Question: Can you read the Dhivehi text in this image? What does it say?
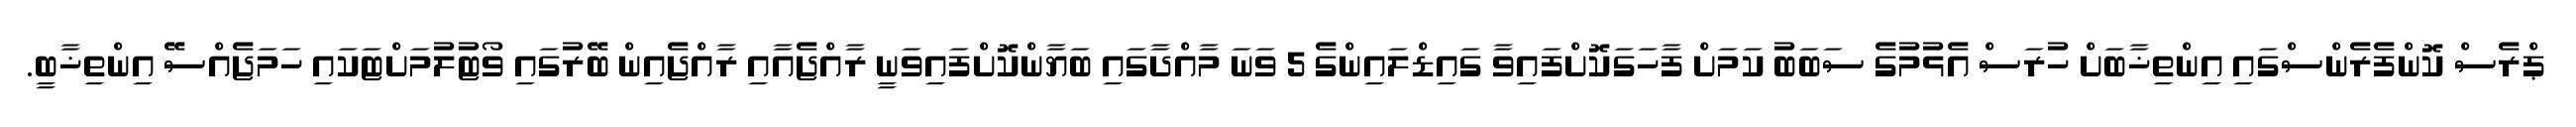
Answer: ޕްރެސް ކޮންފެރެންސްގައި އިންތިޚާބަށް ހުރަސް އެޅުމުގެ ސަބަބު ކަމަށް ފާހަގަކޮށްފައިވާ ގައިޑްލައިންގެ 5 ވަނަ މާއްދާގައި ބަޔާންކޮށްފައިވަނީ ރާއްޖެއާއި ރާއްޖެއިން ބޭރުގައި ވޯޓުލުމަށްޓަކައި ހަމަޖެއްސޭ އިންތިޚާބީ.